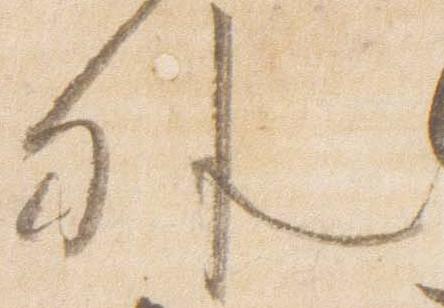
外